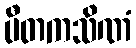
ပီတကသိဏံ